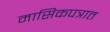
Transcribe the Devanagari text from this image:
मासिकपत्रात